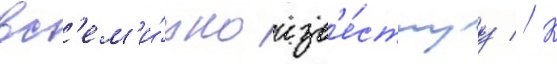
вс'ем'и́рно изв'е́стнуу // К